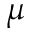
\mu